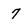
Character: 7